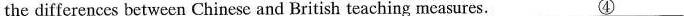
the differences between Chinese and British teaching measures.\underline{④},